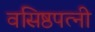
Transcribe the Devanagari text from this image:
वसिष्ठपत्नी